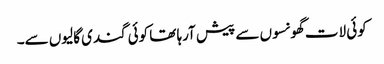
کوئی لات گھونسوں سے پیش آرہا تھا کوئی گندی گالیوں سے۔